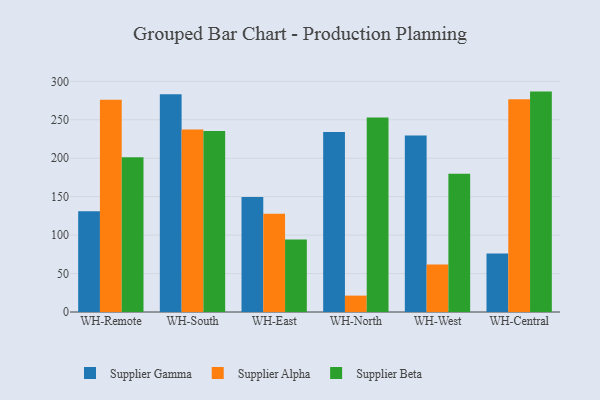
{"axis": {"x": "Warehouse", "y": "Humidity (%)"}, "legend": ["Supplier Alpha", "Supplier Beta", "Supplier Gamma"], "data": [{"x": "WH-Remote", "y": 131.1, "type": "Supplier Gamma"}, {"x": "WH-Remote", "y": 276.1, "type": "Supplier Alpha"}, {"x": "WH-Remote", "y": 201.3, "type": "Supplier Beta"}, {"x": "WH-South", "y": 283.1, "type": "Supplier Gamma"}, {"x": "WH-South", "y": 237.3, "type": "Supplier Alpha"}, {"x": "WH-South", "y": 235.5, "type": "Supplier Beta"}, {"x": "WH-East", "y": 149.6, "type": "Supplier Gamma"}, {"x": "WH-East", "y": 127.6, "type": "Supplier Alpha"}, {"x": "WH-East", "y": 94.2, "type": "Supplier Beta"}, {"x": "WH-North", "y": 234.1, "type": "Supplier Gamma"}, {"x": "WH-North", "y": 21.3, "type": "Supplier Alpha"}, {"x": "WH-North", "y": 252.8, "type": "Supplier Beta"}, {"x": "WH-West", "y": 229.4, "type": "Supplier Gamma"}, {"x": "WH-West", "y": 61.8, "type": "Supplier Alpha"}, {"x": "WH-West", "y": 179.7, "type": "Supplier Beta"}, {"x": "WH-Central", "y": 76.1, "type": "Supplier Gamma"}, {"x": "WH-Central", "y": 276.5, "type": "Supplier Alpha"}, {"x": "WH-Central", "y": 286.6, "type": "Supplier Beta"}]}